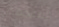
المنخفض